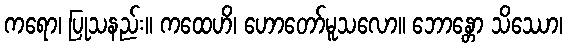
ကရော၊ ပြုသနည်း။ ကထေဟိ၊ ဟောတော်မူသလော။ ဘောန္တော သိဿော၊